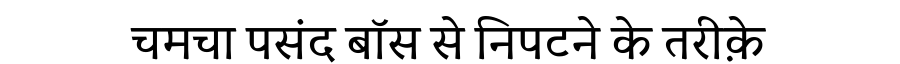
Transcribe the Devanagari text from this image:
चमचा पसंद बॉस से निपटने के तरीक़े